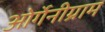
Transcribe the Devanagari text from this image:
ओर्गेनीग्राम